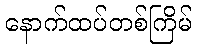
နောက်ထပ်တစ်ကြိမ်